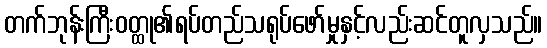
တက်ဘုန်းကြီးဝတ္ထု၏ရပ်တည်သရုပ်ဖော်မှုနှင့်လည်းဆင်တူလှသည်။